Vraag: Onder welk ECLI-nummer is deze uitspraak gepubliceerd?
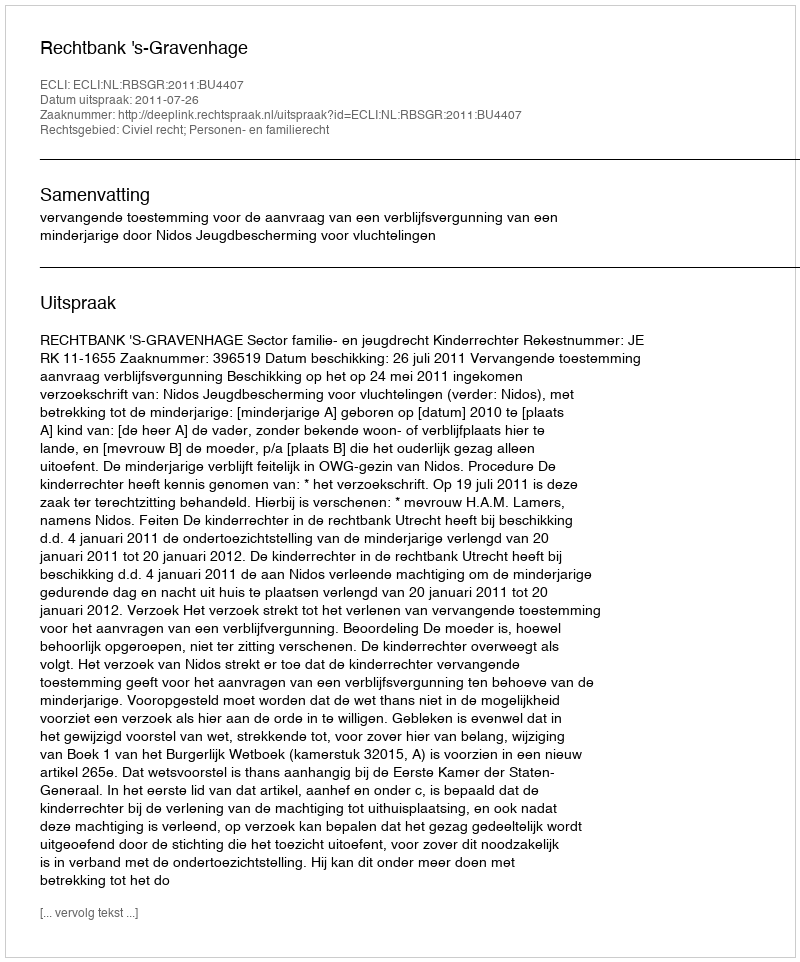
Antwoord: ECLI:NL:RBSGR:2011:BU4407